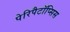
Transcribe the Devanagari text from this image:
पेरिपैटॉप्सिस